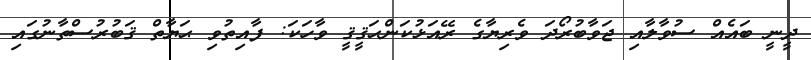
ދީނީ ބައެއް ސުވާލާއި ޖަވާބުރޯދަ ވެރިޔާގެ ރޭއަޅުކަންޙަޤީޤީ ވާހަކަ: ފާއިތުވި ޙަޔާތް ޤަބުރުސްތާނުގައި